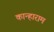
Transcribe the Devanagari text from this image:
कान्हाराम